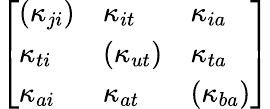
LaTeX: \left[\begin{array}{lll}{(\kappa_{ji})}&{\kappa_{it}}&{\kappa_{ia}}\\ {\kappa_{ti}}&{(\kappa_{ut})}&{\kappa_{ta}}\\ {\kappa_{ai}}&{\kappa_{at}}&{(\kappa_{ba})}\end{array}\right]